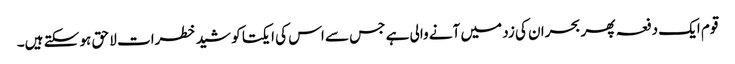
قوم ایک دفعہ پھر بحران کی زد میں آنے والی ہے جس سے اس کی ایکتا کو شید خطرات لا حق ہو سکتے ہیں۔